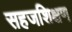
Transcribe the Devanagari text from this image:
सहजशिक्षण